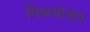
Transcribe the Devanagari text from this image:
मिश्रभोजन